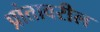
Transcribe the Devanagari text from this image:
प्रांतावरील